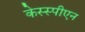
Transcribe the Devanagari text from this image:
केस्स्पीएन